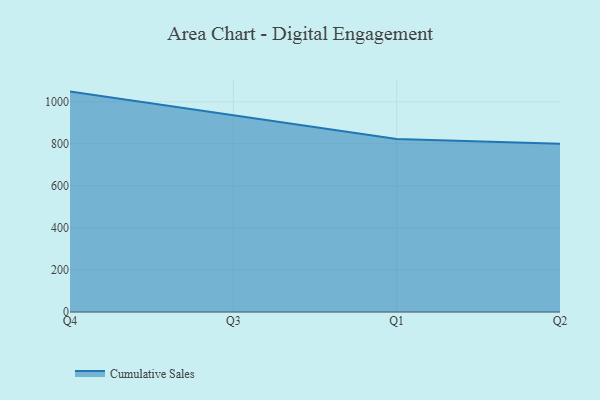
{"axis": {"x": "Quarter", "y": "Backlog"}, "legend": ["Cumulative Sales"], "data": [{"x": "Q4", "y": 1048.7, "type": "Cumulative Sales"}, {"x": "Q3", "y": 937.4, "type": "Cumulative Sales"}, {"x": "Q1", "y": 823.2, "type": "Cumulative Sales"}, {"x": "Q2", "y": 800, "type": "Cumulative Sales"}]}